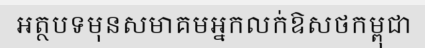
អត្ថបទមុនសមាគមអ្នកលក់ឱសថកម្ពុជា